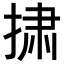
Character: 𪮋